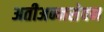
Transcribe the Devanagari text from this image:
अतीअन्नसेवन